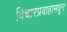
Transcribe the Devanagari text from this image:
विचारप्रवाहामधून